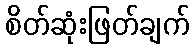
စိတ်ဆုံးဖြတ်ချက်